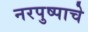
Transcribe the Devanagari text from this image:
नरपुष्पाचे